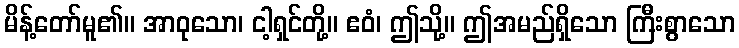
မိန့်တော်မူ၏။ အာဝုသော၊ ငါ့ရှင်တို့။ ဧဝံ၊ ဤသို့။ ဤအမည်ရှိသော ကြီးစွာသော